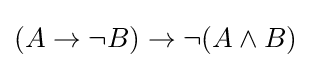
(A\to \neg {}B)\to \neg (A\land B)